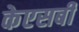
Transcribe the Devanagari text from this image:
केएसबी